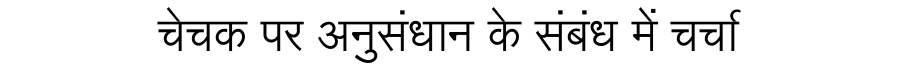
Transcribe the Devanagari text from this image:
चेचक पर अनुसंधान के संबंध में चर्चा